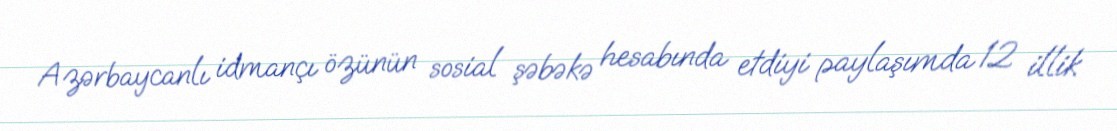
Azərbaycanlı idmançı özünün sosial şəbəkə hesabında etdiyi paylaşımda 12 illik